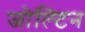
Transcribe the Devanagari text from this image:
जोल्टिन